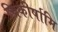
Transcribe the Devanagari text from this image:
चिकीर्षामि